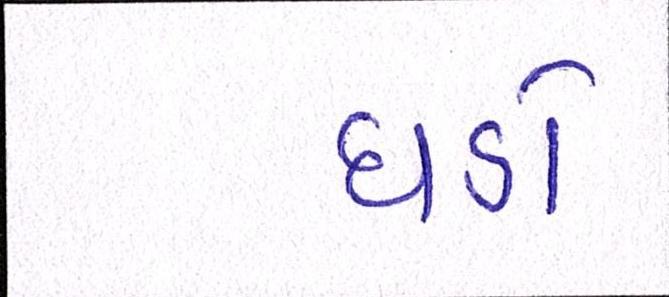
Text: ધડો